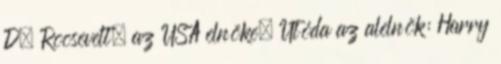
D. Roosevelt, az USA elnöke. Utóda az alelnök: Harry